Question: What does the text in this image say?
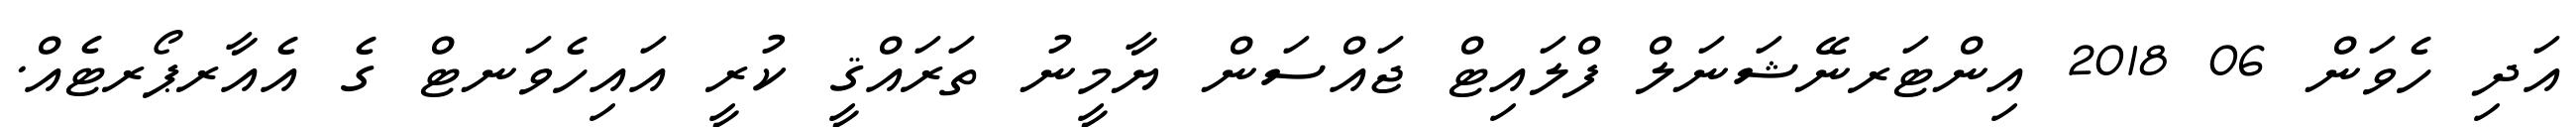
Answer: އަދި ހެވަން 06 2018 އިންޓަރނޭޝަނަލް ފްލައިޓް ޖައްސަން ޔާމީނު ތަރައްޤީ ކުރީ އައިހެވަނޓް ގެ އެއާރޕޯރޓެއް.